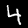
Label: 4